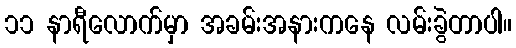
၁၁ နာရီလောက်မှာ အခမ်းအနားကနေ လမ်းခွဲတာပါ။